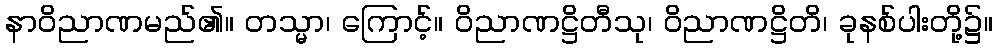
နာဝိညာဏမည်၏။ တသ္မာ၊ ကြောင့်။ ဝိညာဏဋ္ဌိတီသု၊ ဝိညာဏဋ္ဌိတိ၊ ခုနစ်ပါးတို့၌။